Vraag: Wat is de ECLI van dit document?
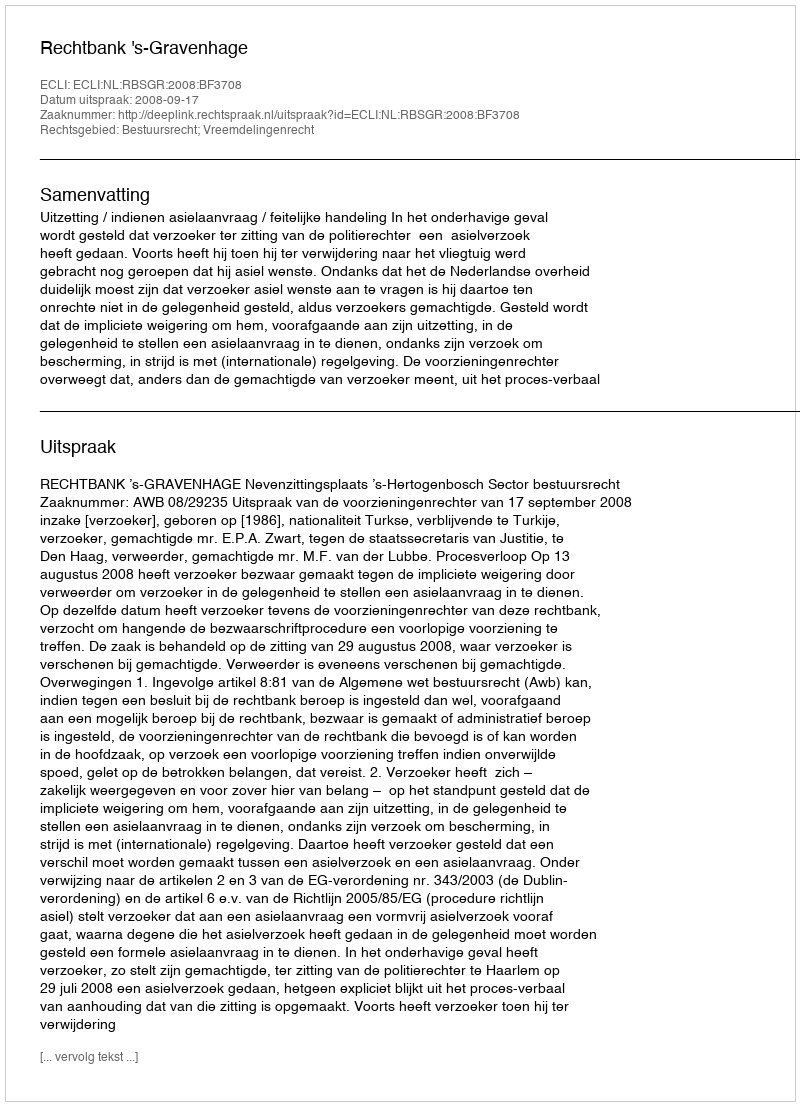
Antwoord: ECLI:NL:RBSGR:2008:BF3708